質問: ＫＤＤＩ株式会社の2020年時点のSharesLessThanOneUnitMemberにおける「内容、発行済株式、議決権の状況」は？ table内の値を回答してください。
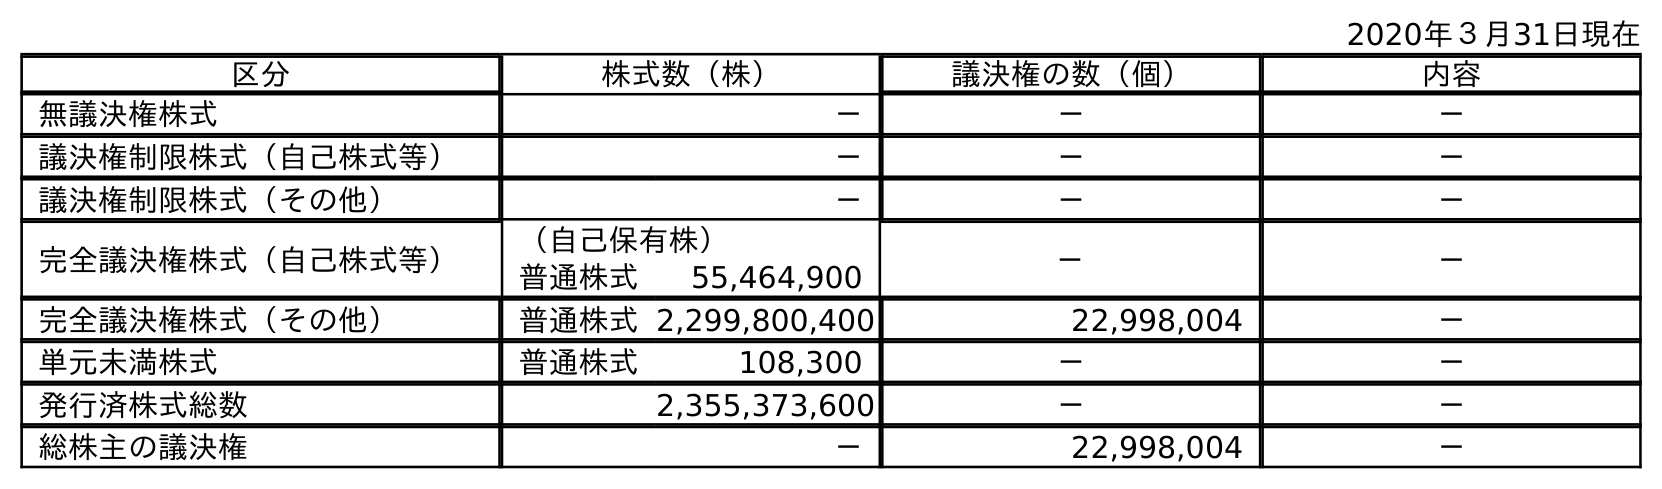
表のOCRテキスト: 2020年３月31日現在 区分 株式数（株） 議決権の数（個） 内容 無議決権株式 － － － 議決権制限株式（自己株式等） － － － 議決権制限株式（その他） － － － 完全議決権株式（自己株式等） （自己保有株） － － 普通株式 55,464,900 完全議決権株式（その他） 普通株式2,299,800,400 22,998,004 － 単元未満株式 普通株式 108,300 － － 発行済株式総数 2,355,373,600 － － 総株主の議決権 － 22,998,004 －
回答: －